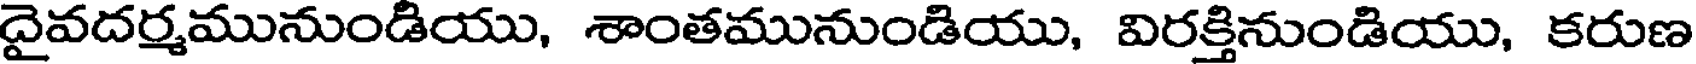
దైవదర్మమునుండియు, శాంతమునుండియు, విరక్తినుండియు, కరుణ